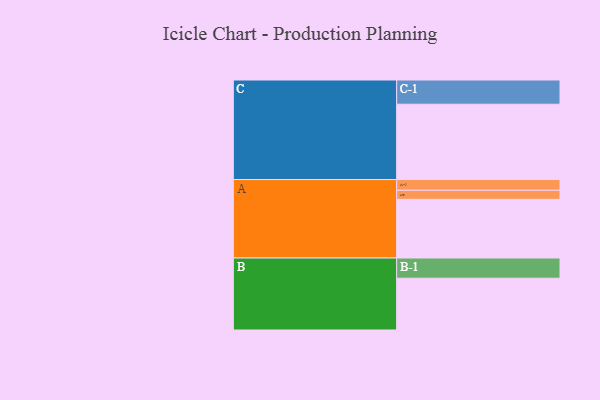
{"axis": {"x": "Segment", "y": "Value"}, "legend": ["", "A", "B", "C"], "data": [{"x": "A", "y": 426, "type": ""}, {"x": "B", "y": 376, "type": ""}, {"x": "C", "y": 547, "type": ""}, {"x": "A-1", "y": 78, "type": "A"}, {"x": "A-2", "y": 66, "type": "A"}, {"x": "B-1", "y": 147, "type": "B"}, {"x": "C-1", "y": 176, "type": "C"}]}